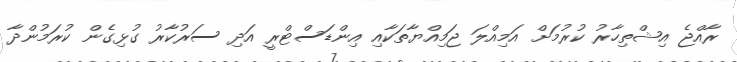
ރާއްޖެ އިޝްތިހާރު ކުރުމަށް އަމިއްލަ ޖަމިއްޔާތަކާއި އިންޑަސްޓްރީ އަދި ސަރުކާރު ގުޅިގެން ކުރަމުންދާ